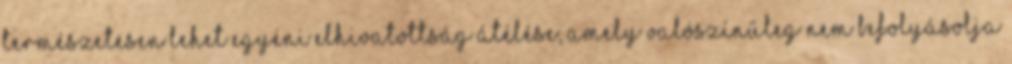
természetesen lehet egyéni elhivatottság átélése, amely valószínűleg nem befolyásolja